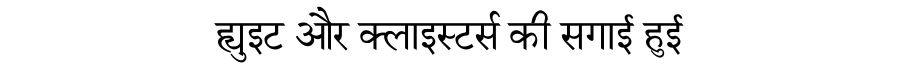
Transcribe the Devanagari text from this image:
ह्युइट और क्लाइस्टर्स की सगाई हुई